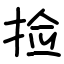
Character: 捡